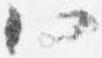
八